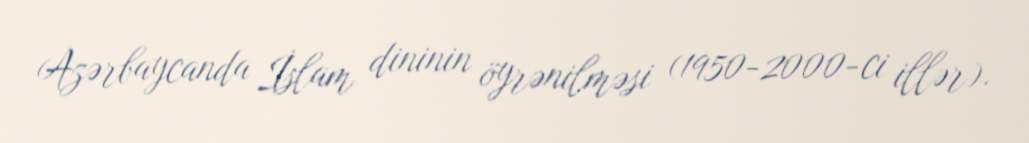
Azərbaycanda İslam dininin öyrənilməsi (1950-2000-ci illər).